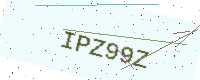
Text: IPZ99Z